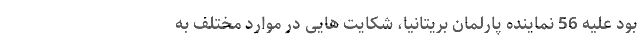
بود علیه 56 نماینده پارلمان بریتانیا، شکایت هایی در موارد مختلف به